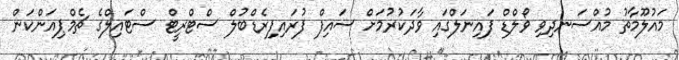
މައުލޫމާތު މުއްސަނދިވި ވޯލްޑް ފައިނަލްގައި ވާދަކުރުމަށް ސައިފް ފުރައިފިރެޑްބުލް ސްޓްރީޓް ސްޓައިލްގެ ޗެމްޕިއަންކަން